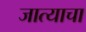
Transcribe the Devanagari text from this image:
जात्याचा